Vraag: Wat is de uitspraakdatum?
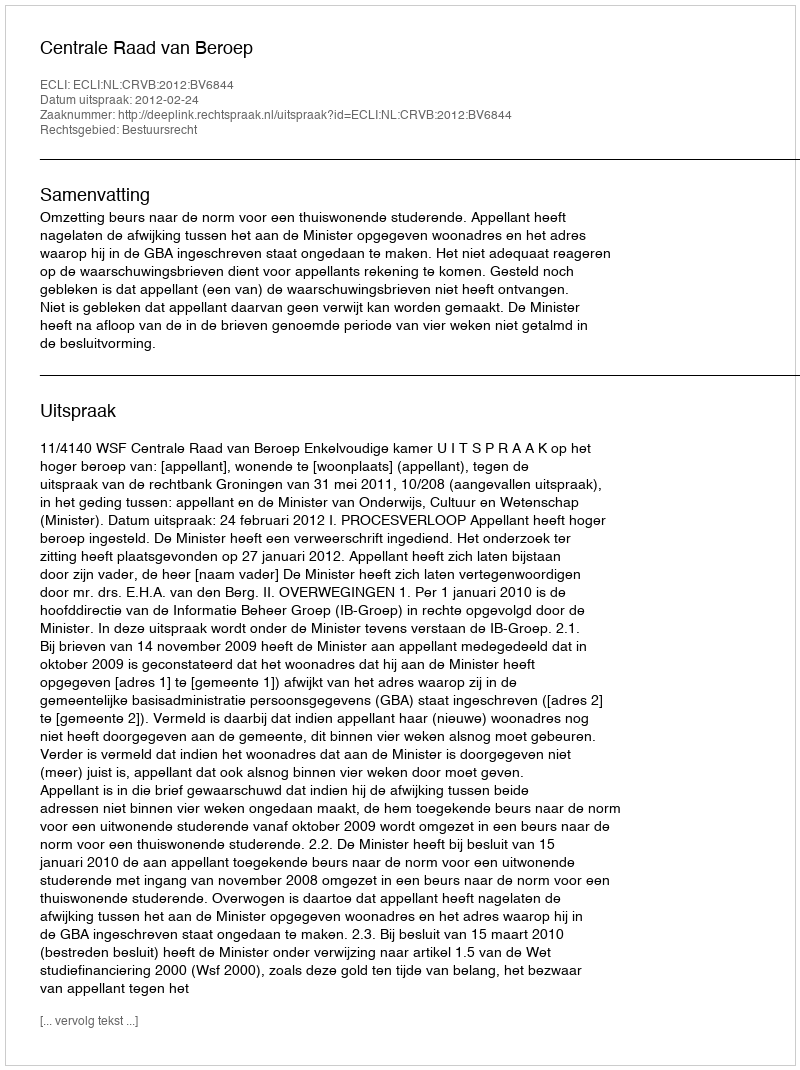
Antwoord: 2012-02-24